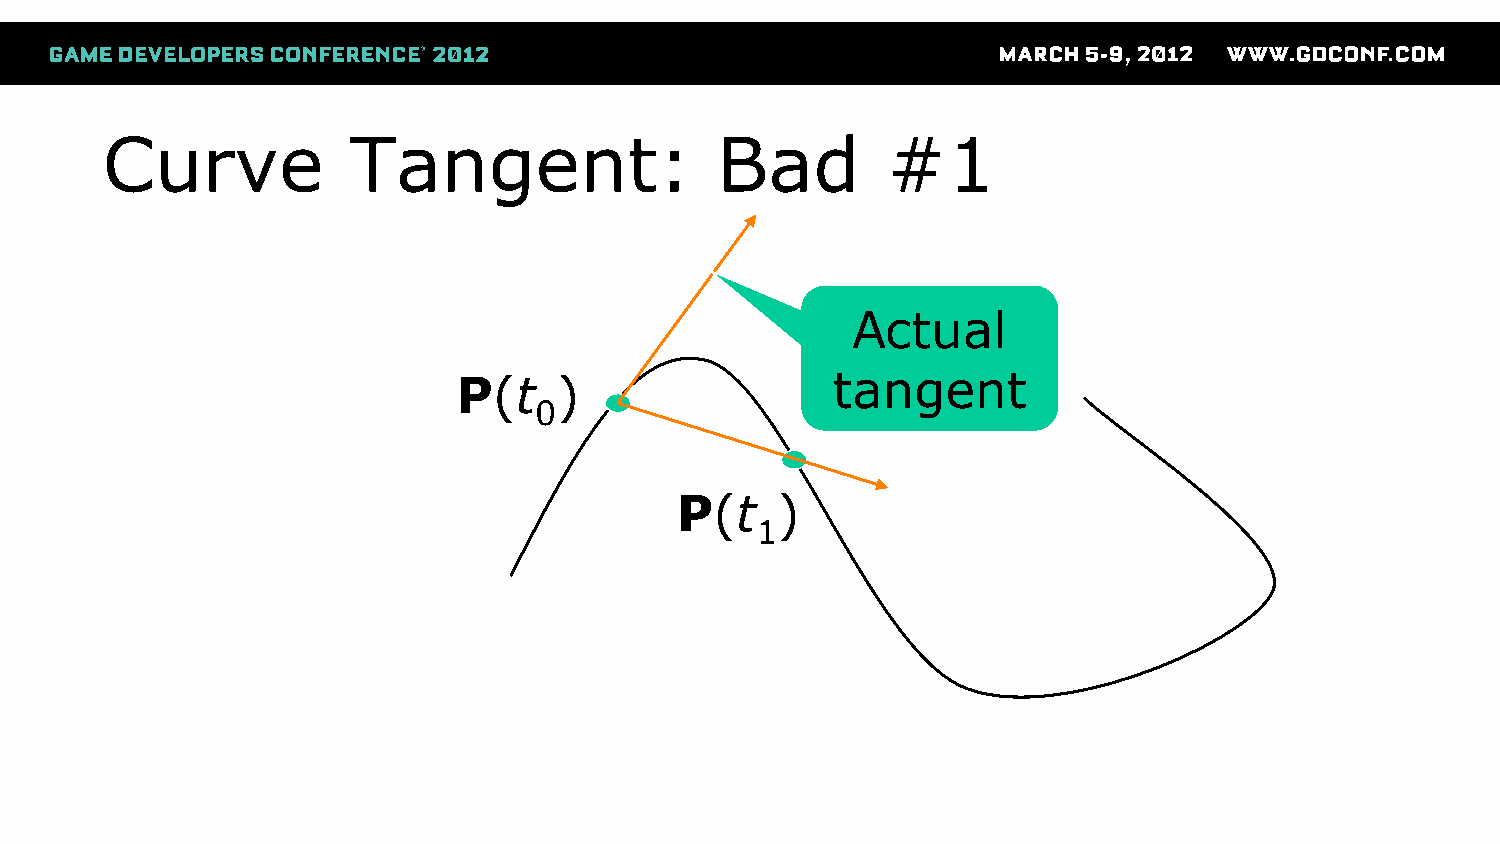
Curve           Tangent:                Bad         #1
 Actual
 P(t    )                 tangent
 0
 P(t   )
 1